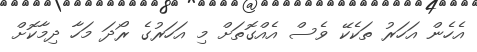
އެހެން އަހަރު ތަކެކޭ ވެސް އެއްގޮތަށް މި އަހަރުގެ ރޯދަ މަހާ ދިމާކޮށް